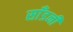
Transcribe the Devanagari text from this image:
साँडनी